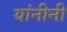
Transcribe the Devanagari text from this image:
यांनीनी